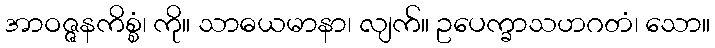
အာဝဇ္ဇနကိစ္စံ၊ ကို။ သာဓယမာနာ၊ လျက်။ ဥပေက္ခာသဟဂတံ၊ သော။